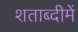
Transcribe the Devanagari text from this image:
शताब्‍दीमें